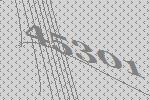
45301